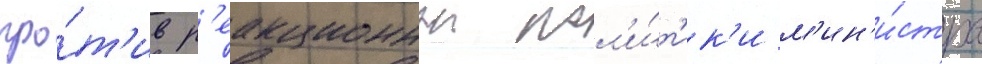
про́т'ив р'еакционнои пол'и́т'ик'и м'ин'и́стра